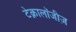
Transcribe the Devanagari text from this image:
टेक्नालॉजीज़